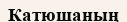
Катюшаның